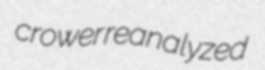
crower reanalyzed